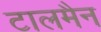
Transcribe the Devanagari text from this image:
टालमैन